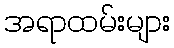
အရာထမ်းများ